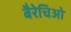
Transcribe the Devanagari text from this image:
बैरेचिओ